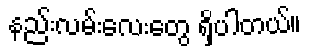
နည်းလမ်းလေးတွေ ရှိပါတယ်။